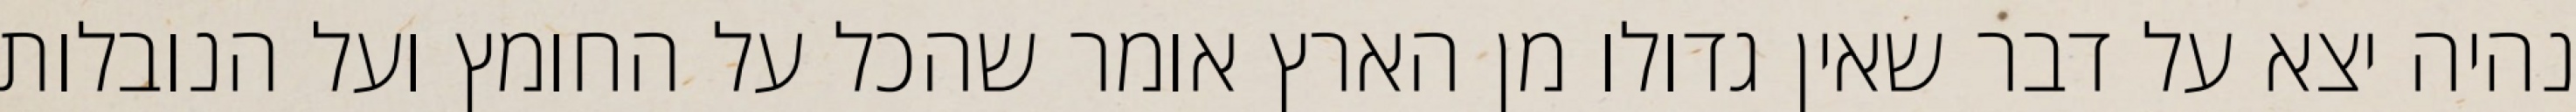
נהיה יצא על דבר שאין גדולו מן הארץ אומר שהכל על החומץ ועל הנובלות